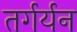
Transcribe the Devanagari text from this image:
तर्गर्यन